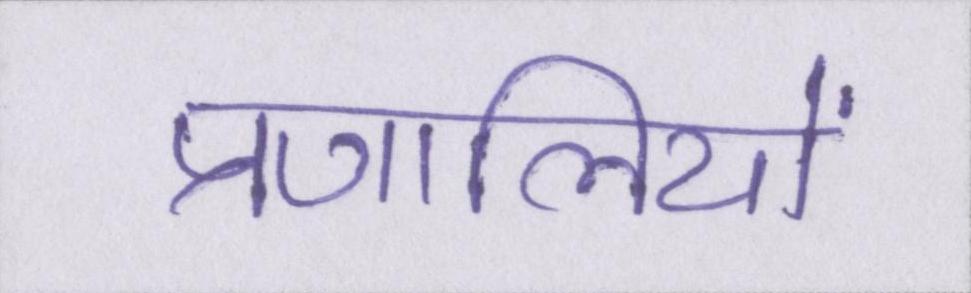
प्रणालियों